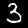
Digit: 3